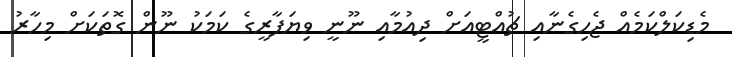
މެޑިކަލްކަމެއް ޖެހިގެނާއި ޗުއްޓީއަށް ދިއުމާއި ނޫނީ ވިޔަފާރީގެ ކަމަކު ނޫން ގޮތަކަށް މިހާރު